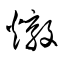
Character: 燉